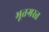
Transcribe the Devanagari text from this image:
भूतग्रस्त